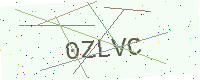
Text: 0ZLVC